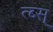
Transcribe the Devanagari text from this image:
त्ब्स्